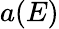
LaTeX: a(E)